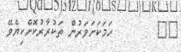
٨٧        ހަމަކަށަވަރުން ތަކުރާރުކޮށްކިޔެވޭ